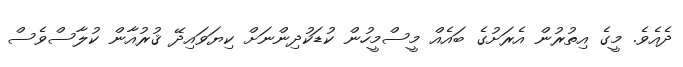
ދެއެވެ. މީގެ އިތުރުން އެރަށުގެ ބައެއް މީސްމީހުން ކުޑަކުދިންނަށް ކިޔަވައިދޭ ޤުރުއާން ކުލާސްވެސް